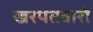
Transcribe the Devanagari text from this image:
खरपतवारो